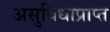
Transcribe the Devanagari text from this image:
असुविधाप्राप्त